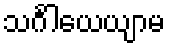
သင်္ဂါယေယျာမ